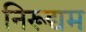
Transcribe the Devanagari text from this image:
निरूद्यम